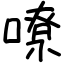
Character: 嘹